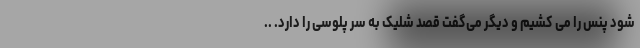
شود پنس را می کشیم و دیگر می‌گفت قصد شلیک به سر پلوسی را دارد. ..